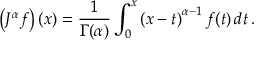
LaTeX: \left( J ^ { \alpha } f \right) ( x ) = { \frac { 1 } { \Gamma ( \alpha ) } } \int _ { 0 } ^ { x } \left( x - t \right) ^ { \alpha - 1 } f ( t ) \, d t \, .